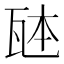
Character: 𪼹